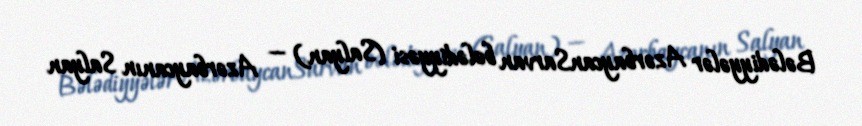
Bələdiyyələr AzərbaycanSarvan bələdiyyəsi (Salyan) — Azərbaycanın Salyan